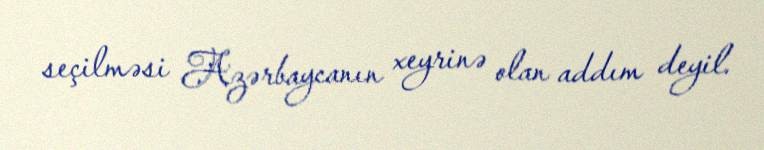
seçilməsi Azərbaycanın xeyrinə olan addım deyil.